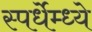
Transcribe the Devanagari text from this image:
स्पर्धेम्ध्ये